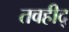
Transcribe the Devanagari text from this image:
तवहीद्